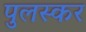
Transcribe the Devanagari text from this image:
पुलस्कर